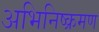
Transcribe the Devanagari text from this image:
अभिनिष्क्रमण